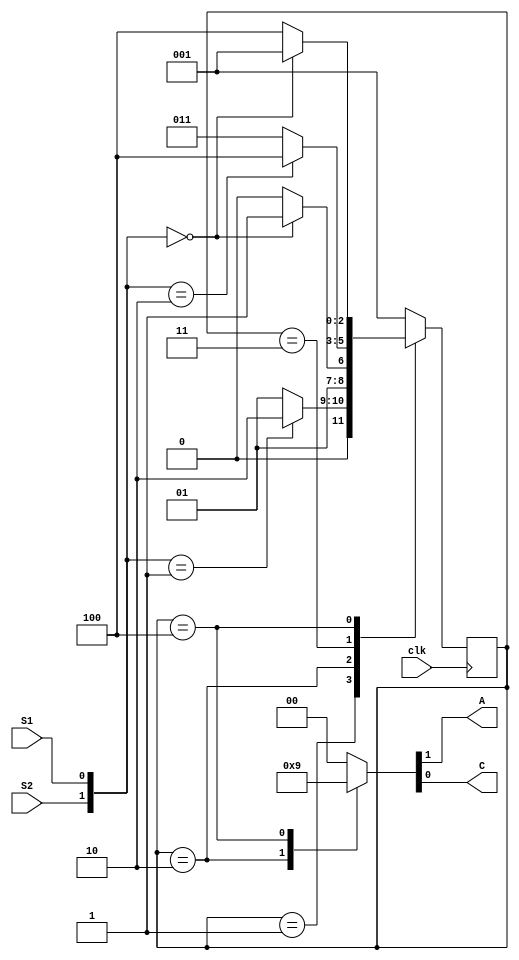
module fsm1(input S1, S2, clk, output A, C);

//---------------------------------------------------------------------------
//-- Bloque 1. Circuito combinacional.
//---------------------------------------------------------------------------

reg[2:0] estado_siguiente = 0;

always @(S1 or S2 or estado_actual) begin

    case(estado_actual)

        1:  case({S2,S1})
            1: estado_siguiente=2;
            default: estado_siguiente=1;
            endcase

        2:  case({S2,S1})
            0: estado_siguiente=3;
            default: estado_siguiente=2;
            endcase

        3:  case({S2,S1})
            2: estado_siguiente=4;
            default: estado_siguiente=3;
            endcase

        4:  case({S2,S1})
            0: estado_siguiente=1;
            default: estado_siguiente=4;
            endcase

        default: estado_siguiente=1;
        endcase

end

//---------------------------------------------------------------------------
//-- Bloque 2. Circuito secuencial.
//---------------------------------------------------------------------------

reg[2:0] estado_actual = 1;

always @(posedge clk)

  estado_actual <= estado_siguiente;

//---------------------------------------------------------------------------
//-- Bloque 3. Salida Moore.
//---------------------------------------------------------------------------

reg A=0; reg C=0;

  always @(estado_actual) begin

    case(estado_actual)

      1: {A,C}=0;
      2: {A,C}=2;
      3: {A,C}=0;
      4: {A,C}=1;

      default: {A,C}=0;
      endcase

end

endmodule